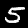
Digit: 5